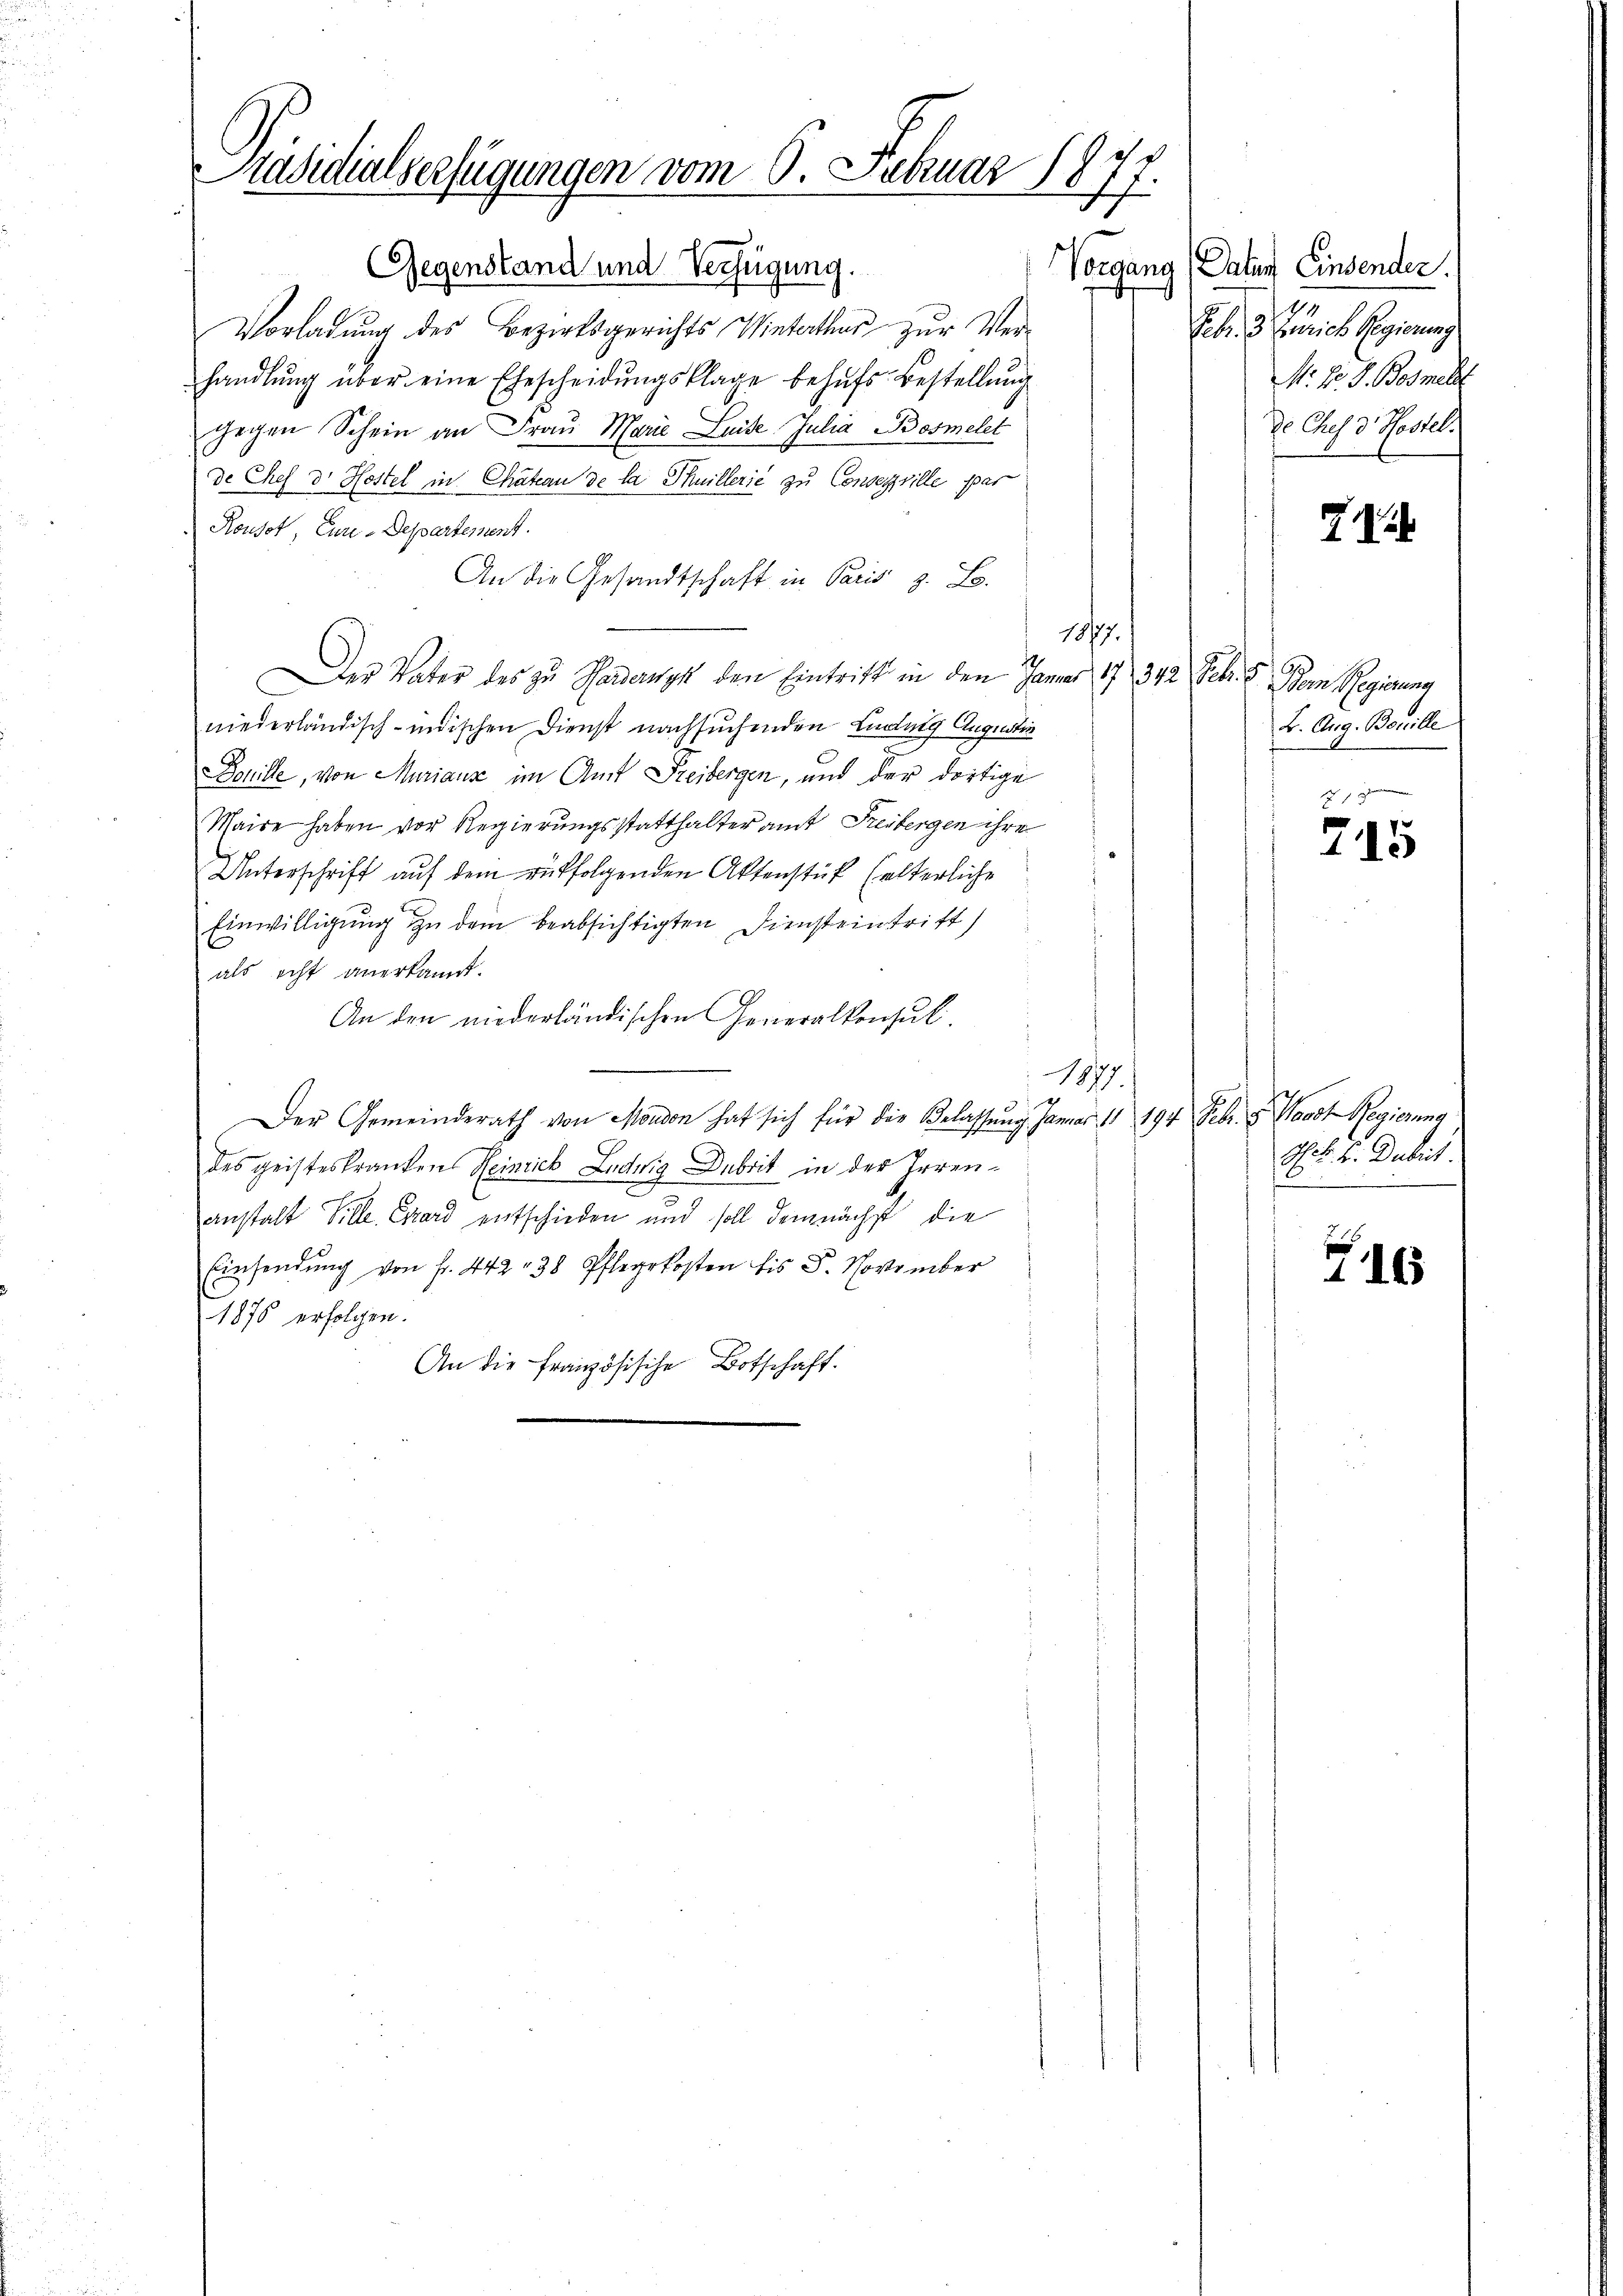
Präsidialverfügungen vom 6. Februar 1877.
Gegenstand und Verfügung.
Vorgang

Vorladung des Bezirksgerichts Winterthur zur Verhandlung über eine Ehescheidungsklage behufs Bestellung
gegen Schein an Frau Marie Luise Julia Bosmelet
de Chef dr Hostel in Chateau de la Thuillerie zu Conserville par
Rousot, Euri-Departement.
An die Gesandtschaft in Paris z. B.
1817.
Der Vater des zu Badanyk den Eintrift in den Januar 17. 342 Febr. v. Dem Regierung
niederländisch-indischen Dienst nachsuchenden Ladung Augustin
ohille, von Muriaus im Amt Freibergen, und der dortige
Maire haben vor Regierungsstatthalteramt Freibergen ihre
Unterschrift auf dem rutfolgenden Aktenstück selterliche
Einwilligung zu dem beabsichtigten Diensteintritt
als echt anerkannt.
An den niederländischen Generalkonsul
1877.
Der Gemeinderath von Moudon hat sich für die Belassŭng Januar 11 194 Febr. v. Waadt Regierung
H. k. k. Dubit.
des geisteskranken Heinrich Ludwig Dubrit in der Irrens
anstalt Ville Csard entschieden und soll demnächst die
Einsendung von fr. 442. 38 Pflegekosten bis 8. November
F. 16
1876 erfolgen.
An die französische Botschaft.

Daten Einsender.
18
Febr. 3 Zürich Regierung
M. R. G. Bosmelt
de Chef d. Kostel.

B. Aug. Bouille
Z 13

715